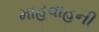
માહવાહની